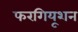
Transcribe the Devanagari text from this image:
फरगियूशन